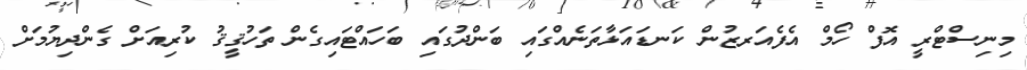
މިނިސްޓްރީ އޮފް ހޯމް އެފެއަރޒުން ކަނޑައަޅާތަނެއްގައި ބަންދުގައި ބަހައްޓައިގެން ތަހުޤީޤު ކުރިއަށް ގެންދިޔުމަށް